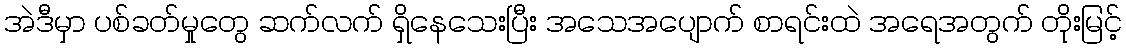
အဲဒီမှာ ပစ်ခတ်မှုတွေ ဆက်လက် ရှိနေသေးပြီး အသေအပျောက် စာရင်းထဲ အရေအတွက် တိုးမြင့်